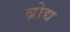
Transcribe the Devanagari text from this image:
ब्रोद्य